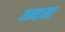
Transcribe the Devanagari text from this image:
म्न्यामा